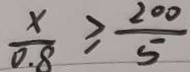
\frac { x } { 0 . 8 } \geq \frac { 2 0 0 } { 5 }